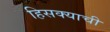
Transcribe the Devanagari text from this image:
हिसक्याची